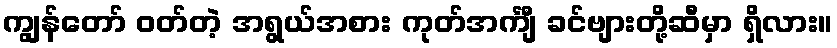
ကျွန်တော် ဝတ်တဲ့ အရွယ်အစား ကုတ်အင်္ကျီ ခင်ဗျားတို့ဆီမှာ ရှိလား။